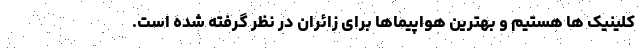
کلینیک ها هستیم و بهترین هواپیماها برای زائران در نظر گرفته شده است.